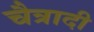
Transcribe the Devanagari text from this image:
चैत्रादी